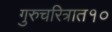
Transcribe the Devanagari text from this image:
गुरुचरित्रात१०